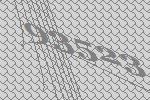
93523